Annual report of the Prince of Wales Medical College, Patna
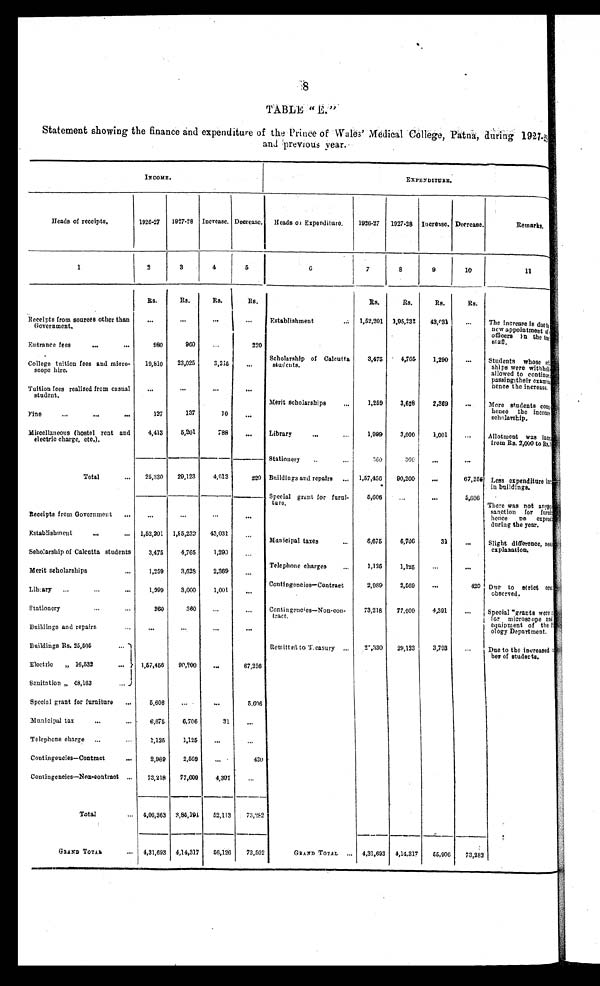
8
TABLE "
E."
Statement showing the finance and expenditure of the Prince of Wales' Medical College, Patna, during 1927-28
and previous year.
INCOME.
EXPENDITURE.
Heads of receipts.
1926-27 1927-28 Increase. Decrease. Heads of Expenditure. 1926-27 1927-28 Increase. Decrease.
Remarks.
1
2
3
4
5
6 7
8
9
10
11
Rs.
Rs .
Rs.
R s .
Rs.
R s . Rs.
Rs.
Receipts from sources other than
Government.
...
. . .
. . .
. . . Establishment
. . . 1,62,201 1,95,232 43,031 ... The increase is due to
new appointment of
officers in the te
staff.
980
960
220
Entrance fees
. . .
...
Scholarship of Calcutta
students.
3,475
4,765 1,290 ... Students whose set
ships were withheld
allowed to continue
passing their examin
hence the increase.
College tuition fees and micro-
scope hire.
19,810 23,025
3,215
...
Tuition fees realised from casual
student.
...
. . .
...
...
Merit scholarships ...
1,259 3,628
2,369
. . . More students comp
hence the increas
scholarship.
Fine
...
. . . . . .
127
137
10 ...
Miscellaneous (hostel rent and
electric charge, etc.).
4,413
5,201
788
. . . Library
...
...
1 , 9 9 9 3,000 1,001 ... Allotment was incr
from Rs. 2,000 to Rs.
Stationery ..
. . .
360
3 6 0 ...
. . .
Total
... 25,330 20,123 4,013
2 2 0 Buildings and repairs ... 1,57,456 90,200 ...
67,256 Less expenditure in
in buildings.
Special grant for furni-
ture.
5,606 ...
. . .
5,606 T h e r e w a s n o t a n y s sanction for furnit
hence no expendit
during the year.
Receipts from Government ... ...
...
. . . ...
Establishment
. . .
... 1,52,201 1,95,232
. . . Municipal taxes
...
8,675
6,706
31
... Slight difference, nee
explanation.
Scholarship of Calcutta students
3,475 4,765
1 , 2 9 0
...
Telephone charges
1,125
1,125
...
...
Merit scholarships
...
1,259 3,628 2,369
. . .
Contingencies—Contract
2,989 2,569 ...
420 Due to strict eco
observed.
Library ...
...
. . . 1,099 3,000
1,001 ...
Stationery
...
...
360
360 ...
. . . Contingencies—Non-con-
tract.
73,218 77,609 4,391
. . . Special grants were
for microscope and
equipment of the P
ology Department.
Buildings and repairs
... ...
. . . ...
...
Buildings Rs. 26,505
1,57,456
9 0 , 2 0 0 ...
67,256
Remitted to Treasury
2 7 , 3 3 0 29,123
3,793...
Due to the increased
ber of students.
Electric " 16,532
...
Sanitation " 48,163
...
Special grant for furniture ... 5,606 ...
...
5 , 6 0 6
Municipal tax
. . .
...
6,675 6,706
31
...
Telephone charge ...
...
1,125
1,125 ... ...
Contingencies—Contract
...
2,989 2,569 ...
420
Contingencies—Non-contract ... 73,218 77,609 4,391
...
Total
... 4,06,363 3,85,191 52,113
7 3 , 2 8 2
G R A N D T O T A L
... 4,31,693 4,14,317 56,126 73,502
G R A N D T O T A L ... 4,31,693 4,14,317 55,906 73,282